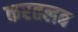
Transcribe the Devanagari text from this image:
करतलब